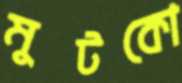
মুটকো